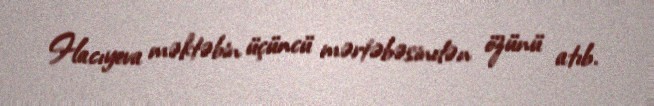
Hacıyeva məktəbin üçüncü mərtəbəsindən özünü atıb.